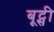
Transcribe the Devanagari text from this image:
बूट्सी